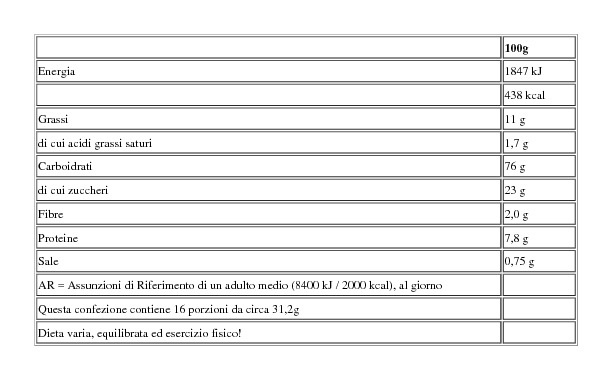
Energia
Grassi
di cui acidi grassi saturi
Carboidrati
di cui zuccheri
Fibre
Proteine
Sale
AR = Assunzioni di Riferimento di un adulto medio (8400 kJ/2000 kcal), al giorno
Questa confezione contiene 16 porzioni da circa 31,2g
Dieta varia, equilibrata ed esercizio fisico!
100g
1847 kJ
438 kcal
11 g
1,7 g
76 g
2,0 g
7,8 g
0,75 g